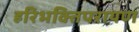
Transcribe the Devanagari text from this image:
हरिभक्तिपरायण